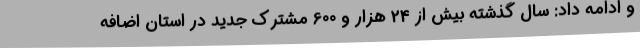
و ادامه داد: سال گذشته بیش از 24 هزار و 600 مشترک جدید در استان اضافه